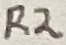
Text: R2